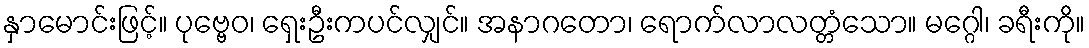
နှာမောင်းဖြင့်။ ပုဗ္ဗေဝ၊ ရှေးဦးကပင်လျှင်။ အနာဂတော၊ ရောက်လာလတ္တံသော။ မဂ္ဂေါ၊ ခရီးကို။